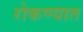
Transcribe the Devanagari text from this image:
रोकण्यात